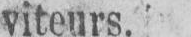
viteurs.